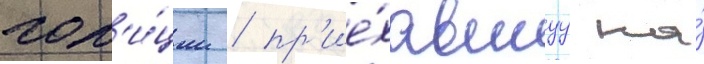
пол'и́ции / пр'ие́хавшуу на́